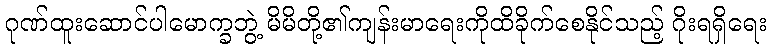
ဂုဏ်ထူးဆောင်ပါမောက္ခဘွဲ့ မိမိတို့၏ကျန်းမာရေးကိုထိခိုက်စေနိုင်သည့် ဂိုးရရှိရေး